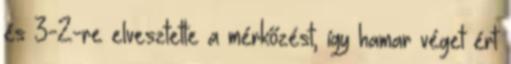
és 3-2-re elvesztette a mérkőzést, így hamar véget ért